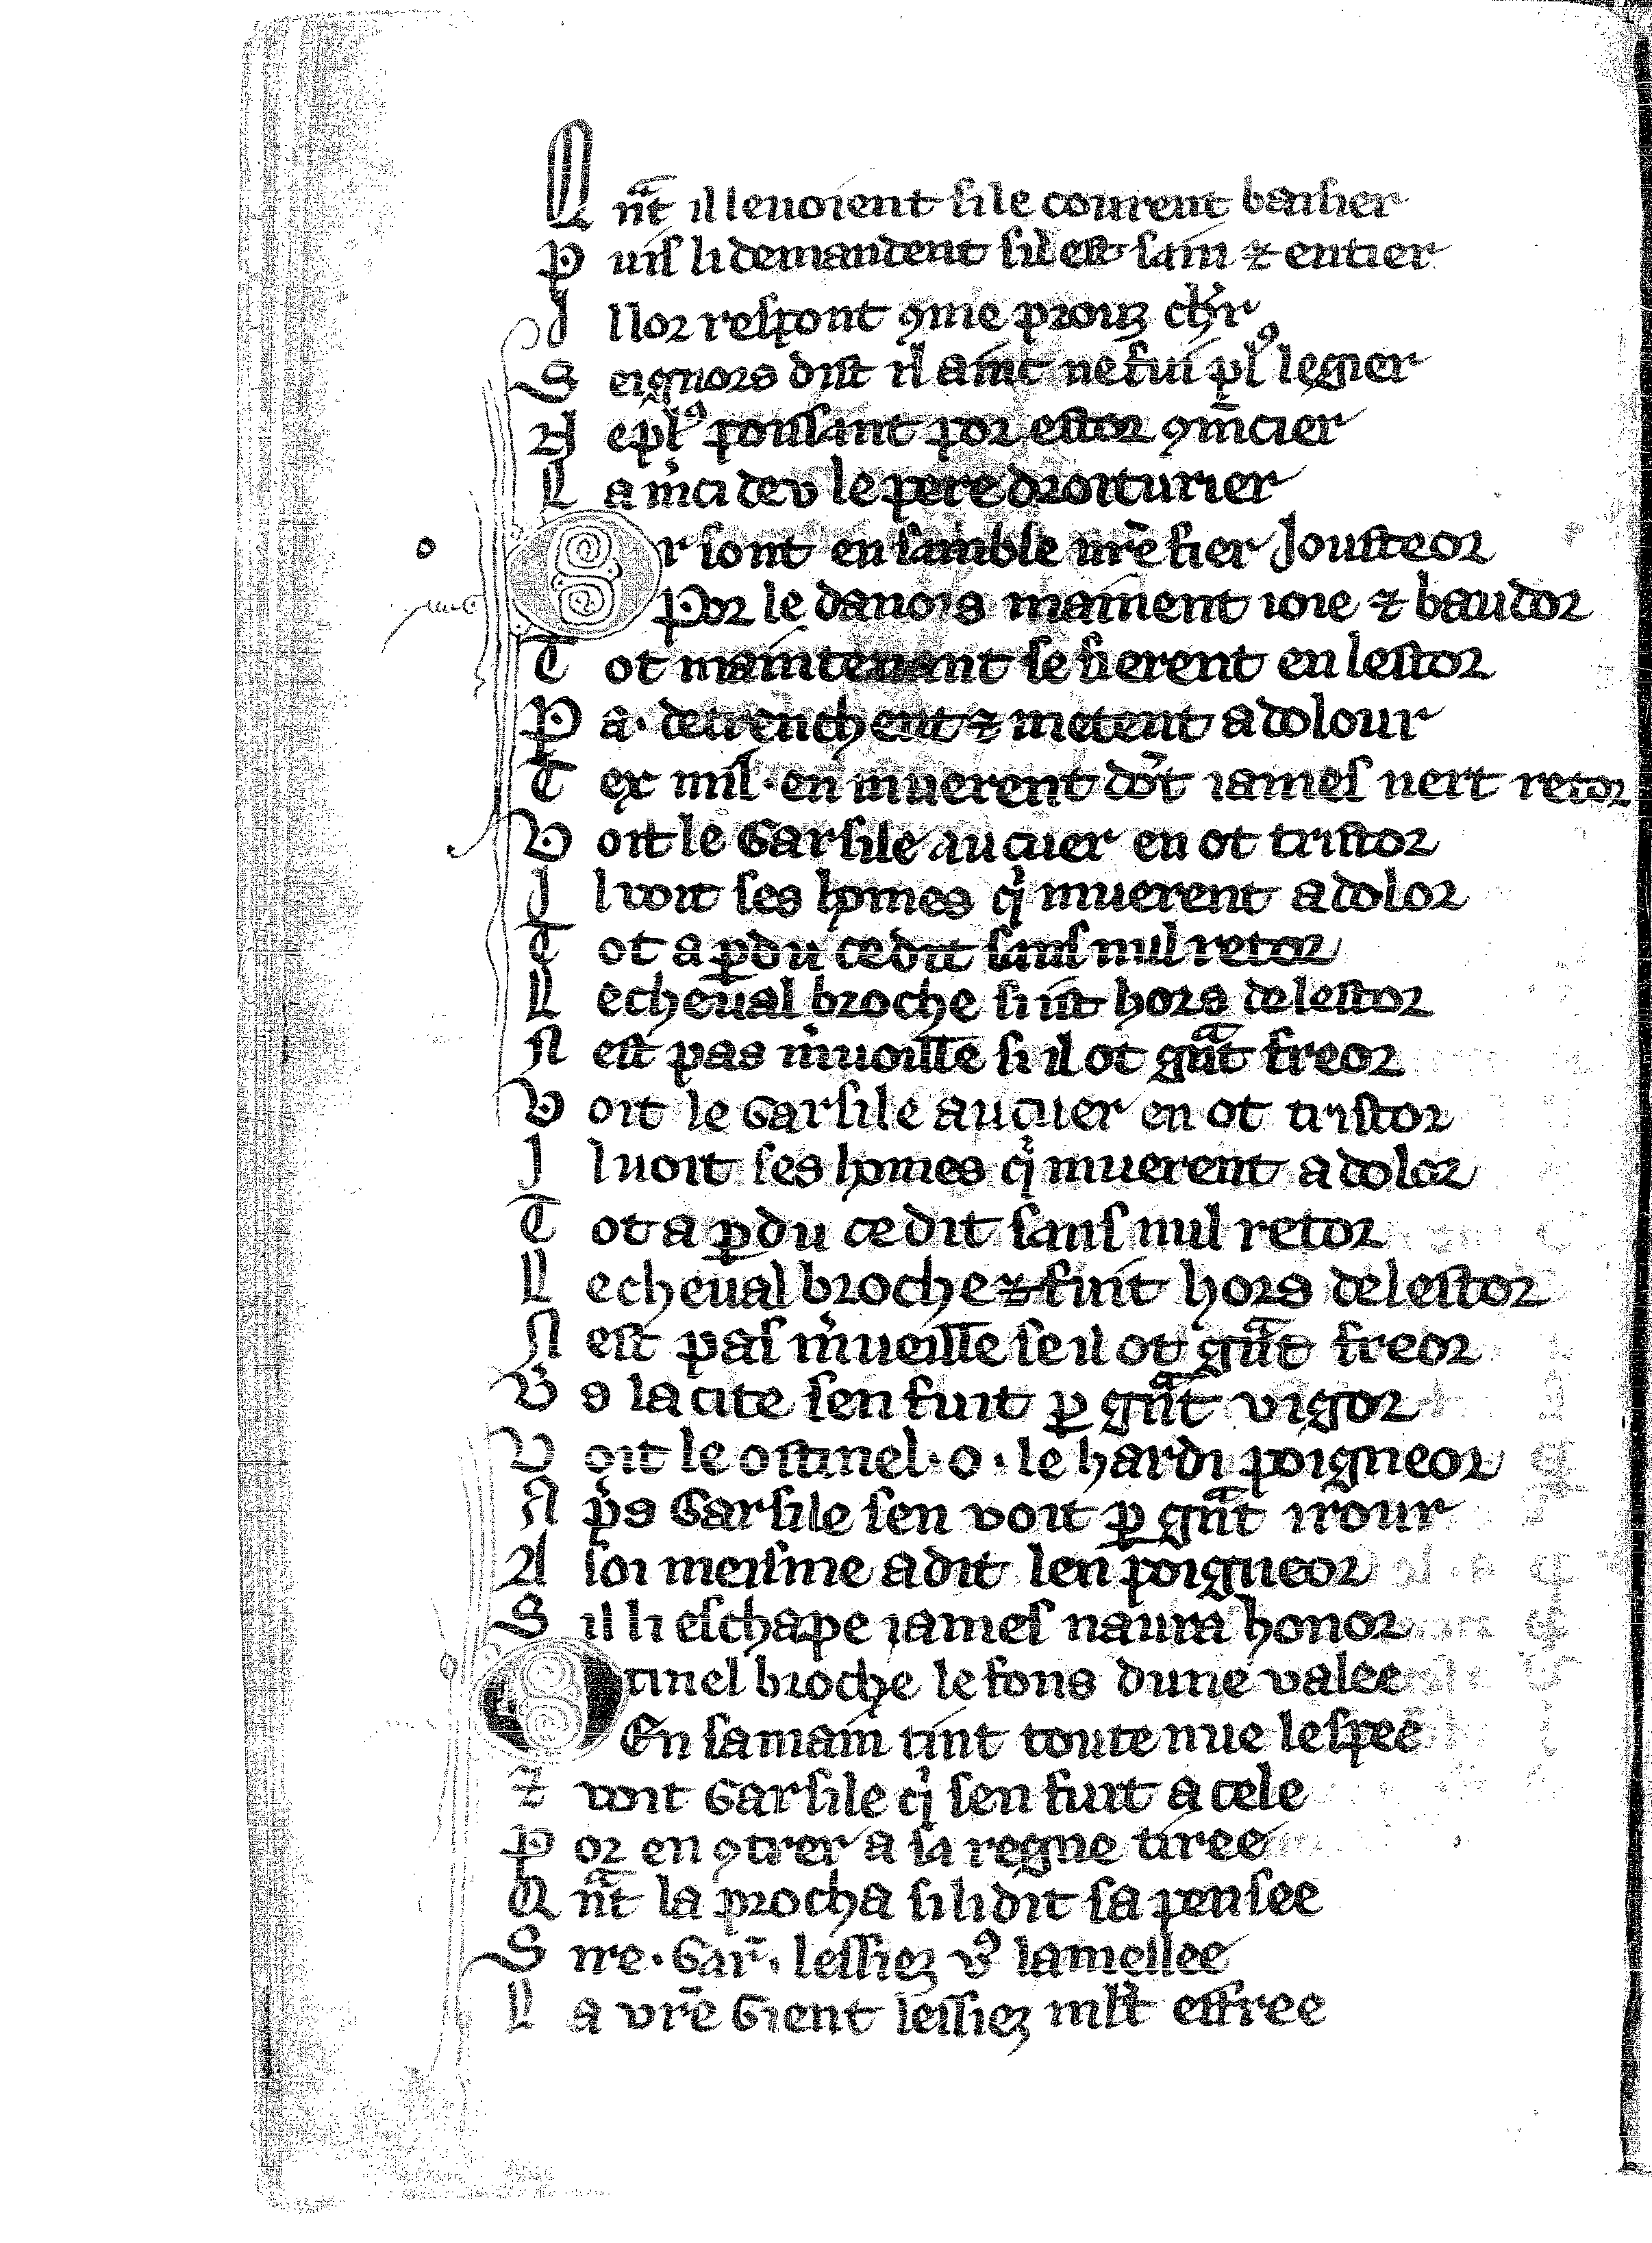
Shelfmark: Vatican, Biblioteca apostolica vaticana, Reg.lat. 1616
Century: 14